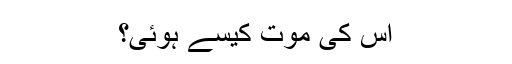
اس کی موت کیسے ہوئی؟